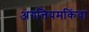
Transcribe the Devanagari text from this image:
अगत्तियमकिंवा